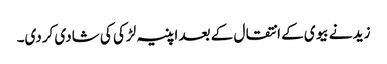
زید نے بیوی کے انتقال کے بعد اپنیہ لڑکی کی شادی کردی۔